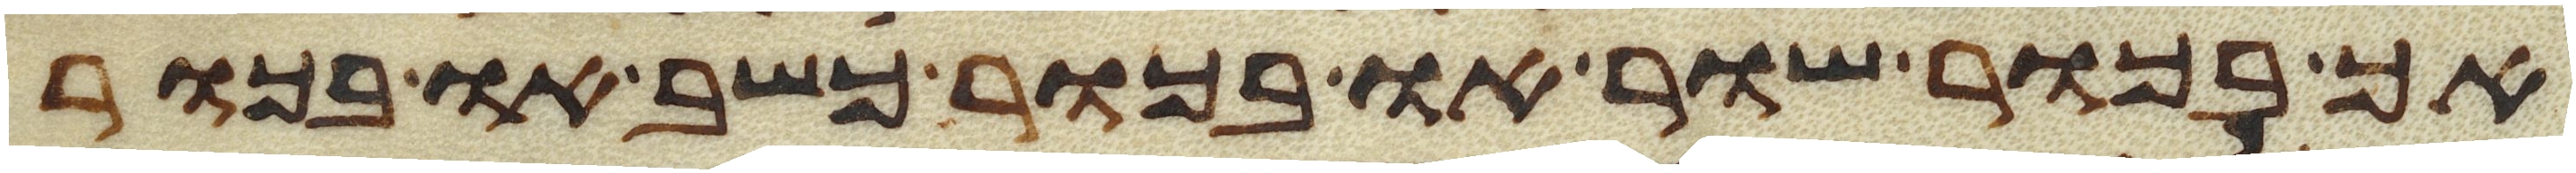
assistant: אך בכור שור או בכור כשב או בכור